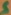
Text: S